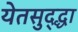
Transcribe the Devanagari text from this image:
येतसुद्द्धा